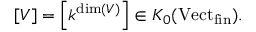
[ V ] = \left[ k ^ { \dim ( V ) } \right] \in K _ { 0 } ( \mathrm { V e c t } _ { \mathrm { f i n } } ) .